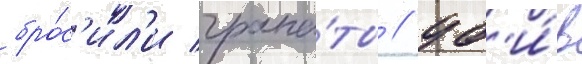
бро́с'ил'и грана́ты / уб'и́в